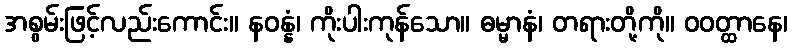
အစွမ်းဖြင့်လည်းကောင်း။ နဝန္နံ၊ ကိုးပါးကုန်သော။ ဓမ္မာနံ၊ တရားတို့ကို။ ဝဝတ္ထာနေ၊